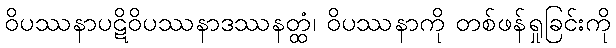
ဝိပဿနာပဋိဝိပဿနာဒဿနတ္ထံ၊ ဝိပဿနာကို တစ်ဖန်ရှုခြင်းကို